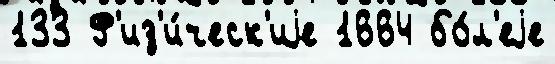
133 Ф'из'и́ческ'иjе 1664 бо́л'еjе